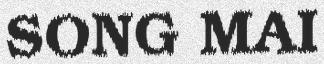
SONG MAI